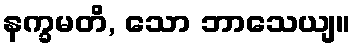
နက္ခမတိ, သော ဘာသေယျ။